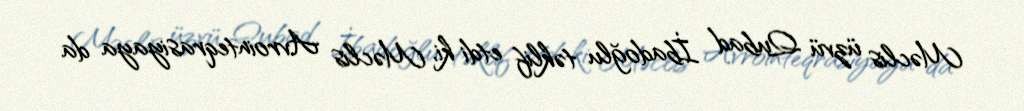
Məclis üzvü Qubad İbadoğlu təklif etdi ki, Məclis Avrointeqrasiyaya da